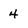
Character: 4